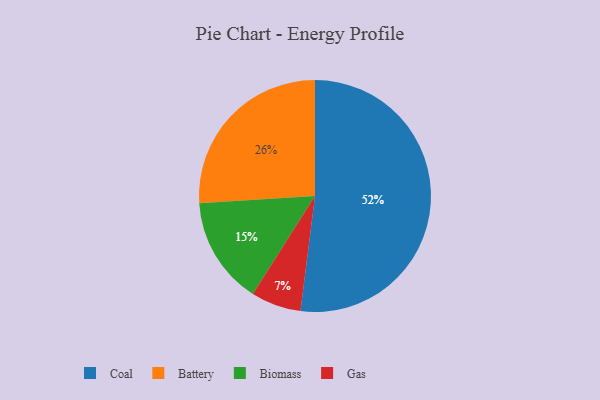
{"axis": {"x": "Category", "y": "Percentage"}, "legend": ["Battery", "Biomass", "Coal", "Gas"], "data": [{"x": "Coal", "y": 52, "type": "Coal"}, {"x": "Battery", "y": 26, "type": "Battery"}, {"x": "Gas", "y": 7, "type": "Gas"}, {"x": "Biomass", "y": 15, "type": "Biomass"}]}